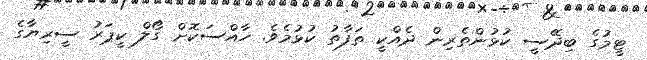
ޓީމުގެ ބިދޭސީ ކުޅުންތެރިން ދެއްކީ ތަފާތު ކުޅުމެވެ. ހާއްސަކޮށް ގޯލް ކީޕަރު ސީރިޔާގެ